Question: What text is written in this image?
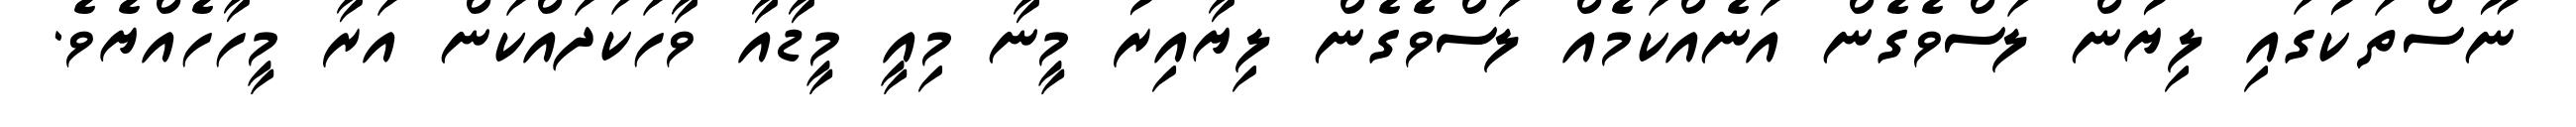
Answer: ނޫސްތަކުގައި ލިޔުން ލަސްވެގެން އަނެއްކަމެއް ލަސްވެގެން ލިޔާއިރު މީނާ މިއީ މީޑާއާ ވާހަކަދައްކަން އަރާ މީހާހެއްޔެވެ.